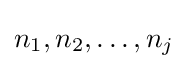
n_{1},n_{2},\dots ,n_{j}